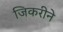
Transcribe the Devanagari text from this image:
जिकरीने